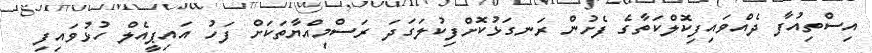
އިސްތިއުފާ ދެއްވައިފިކޮލްކަތާގެ ފެށުން ރަނގަޅުކޮށްފިކުލަގަދަ ރަސްމިއްޔާތަކަށް ފަހު އައިޕީއެލް ހުޅުވައިފި